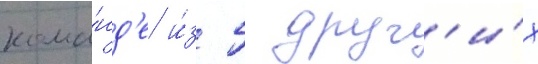
кома́нд'е и́з 5 друг'и́х